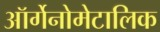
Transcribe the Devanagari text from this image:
ऑर्गेनोमेटालिक